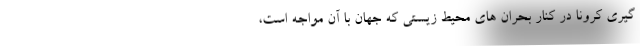
گیری کرونا در کنار بحران های محیط زیستی که جهان با آن مواجه است،